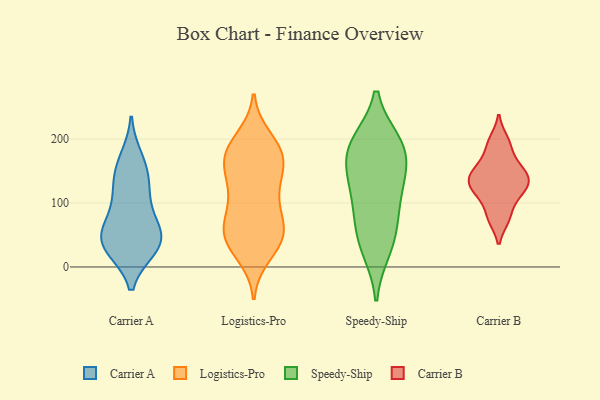
{"axis": {"x": "Customer Acquisition Cost (USD)", "y": "Value"}, "legend": ["Carrier A", "Carrier B", "Logistics-Pro", "Speedy-Ship"], "data": [{"x": "", "y": 38, "type": "Carrier A"}, {"x": "", "y": 154, "type": "Carrier A"}, {"x": "", "y": 68, "type": "Carrier A"}, {"x": "", "y": 32, "type": "Carrier A"}, {"x": "", "y": 135, "type": "Carrier A"}, {"x": "", "y": 118, "type": "Carrier A"}, {"x": "", "y": 30, "type": "Carrier A"}, {"x": "", "y": 34, "type": "Carrier A"}, {"x": "", "y": 97, "type": "Carrier A"}, {"x": "", "y": 169, "type": "Carrier A"}, {"x": "", "y": 51, "type": "Carrier A"}, {"x": "", "y": 51, "type": "Carrier A"}, {"x": "", "y": 37, "type": "Logistics-Pro"}, {"x": "", "y": 54, "type": "Logistics-Pro"}, {"x": "", "y": 144, "type": "Logistics-Pro"}, {"x": "", "y": 179, "type": "Logistics-Pro"}, {"x": "", "y": 20, "type": "Logistics-Pro"}, {"x": "", "y": 155, "type": "Logistics-Pro"}, {"x": "", "y": 184, "type": "Logistics-Pro"}, {"x": "", "y": 179, "type": "Logistics-Pro"}, {"x": "", "y": 43, "type": "Logistics-Pro"}, {"x": "", "y": 45, "type": "Logistics-Pro"}, {"x": "", "y": 120, "type": "Logistics-Pro"}, {"x": "", "y": 60, "type": "Logistics-Pro"}, {"x": "", "y": 200, "type": "Logistics-Pro"}, {"x": "", "y": 176, "type": "Logistics-Pro"}, {"x": "", "y": 69, "type": "Logistics-Pro"}, {"x": "", "y": 134, "type": "Logistics-Pro"}, {"x": "", "y": 172, "type": "Logistics-Pro"}, {"x": "", "y": 99, "type": "Logistics-Pro"}, {"x": "", "y": 50, "type": "Logistics-Pro"}, {"x": "", "y": 94, "type": "Logistics-Pro"}, {"x": "", "y": 60, "type": "Speedy-Ship"}, {"x": "", "y": 195, "type": "Speedy-Ship"}, {"x": "", "y": 101, "type": "Speedy-Ship"}, {"x": "", "y": 193, "type": "Speedy-Ship"}, {"x": "", "y": 177, "type": "Speedy-Ship"}, {"x": "", "y": 90, "type": "Speedy-Ship"}, {"x": "", "y": 131, "type": "Speedy-Ship"}, {"x": "", "y": 27, "type": "Speedy-Ship"}, {"x": "", "y": 147, "type": "Speedy-Ship"}, {"x": "", "y": 38, "type": "Speedy-Ship"}, {"x": "", "y": 195, "type": "Speedy-Ship"}, {"x": "", "y": 153, "type": "Speedy-Ship"}, {"x": "", "y": 77, "type": "Carrier B"}, {"x": "", "y": 131, "type": "Carrier B"}, {"x": "", "y": 123, "type": "Carrier B"}, {"x": "", "y": 165, "type": "Carrier B"}, {"x": "", "y": 116, "type": "Carrier B"}, {"x": "", "y": 143, "type": "Carrier B"}, {"x": "", "y": 145, "type": "Carrier B"}, {"x": "", "y": 108, "type": "Carrier B"}, {"x": "", "y": 76, "type": "Carrier B"}, {"x": "", "y": 190, "type": "Carrier B"}, {"x": "", "y": 134, "type": "Carrier B"}, {"x": "", "y": 153, "type": "Carrier B"}, {"x": "", "y": 198, "type": "Carrier B"}]}